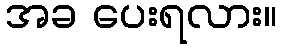
အခ ပေးရလား။